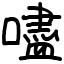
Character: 嚍